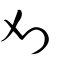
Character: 刈